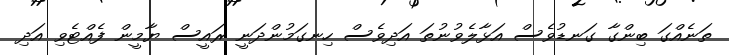
ތަނެއްގަ ބިންގާ ގަނޑުވެސް އަޅާލެވުނުތަ އަދިވެސް ހިނގަމުންދަނީ ރައީސް ޔާމީން ފެއްޓެވި އަދި